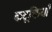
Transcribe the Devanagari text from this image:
कटूक्तियाँ